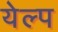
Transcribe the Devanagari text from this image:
येल्प